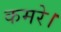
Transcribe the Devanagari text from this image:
कमरे।